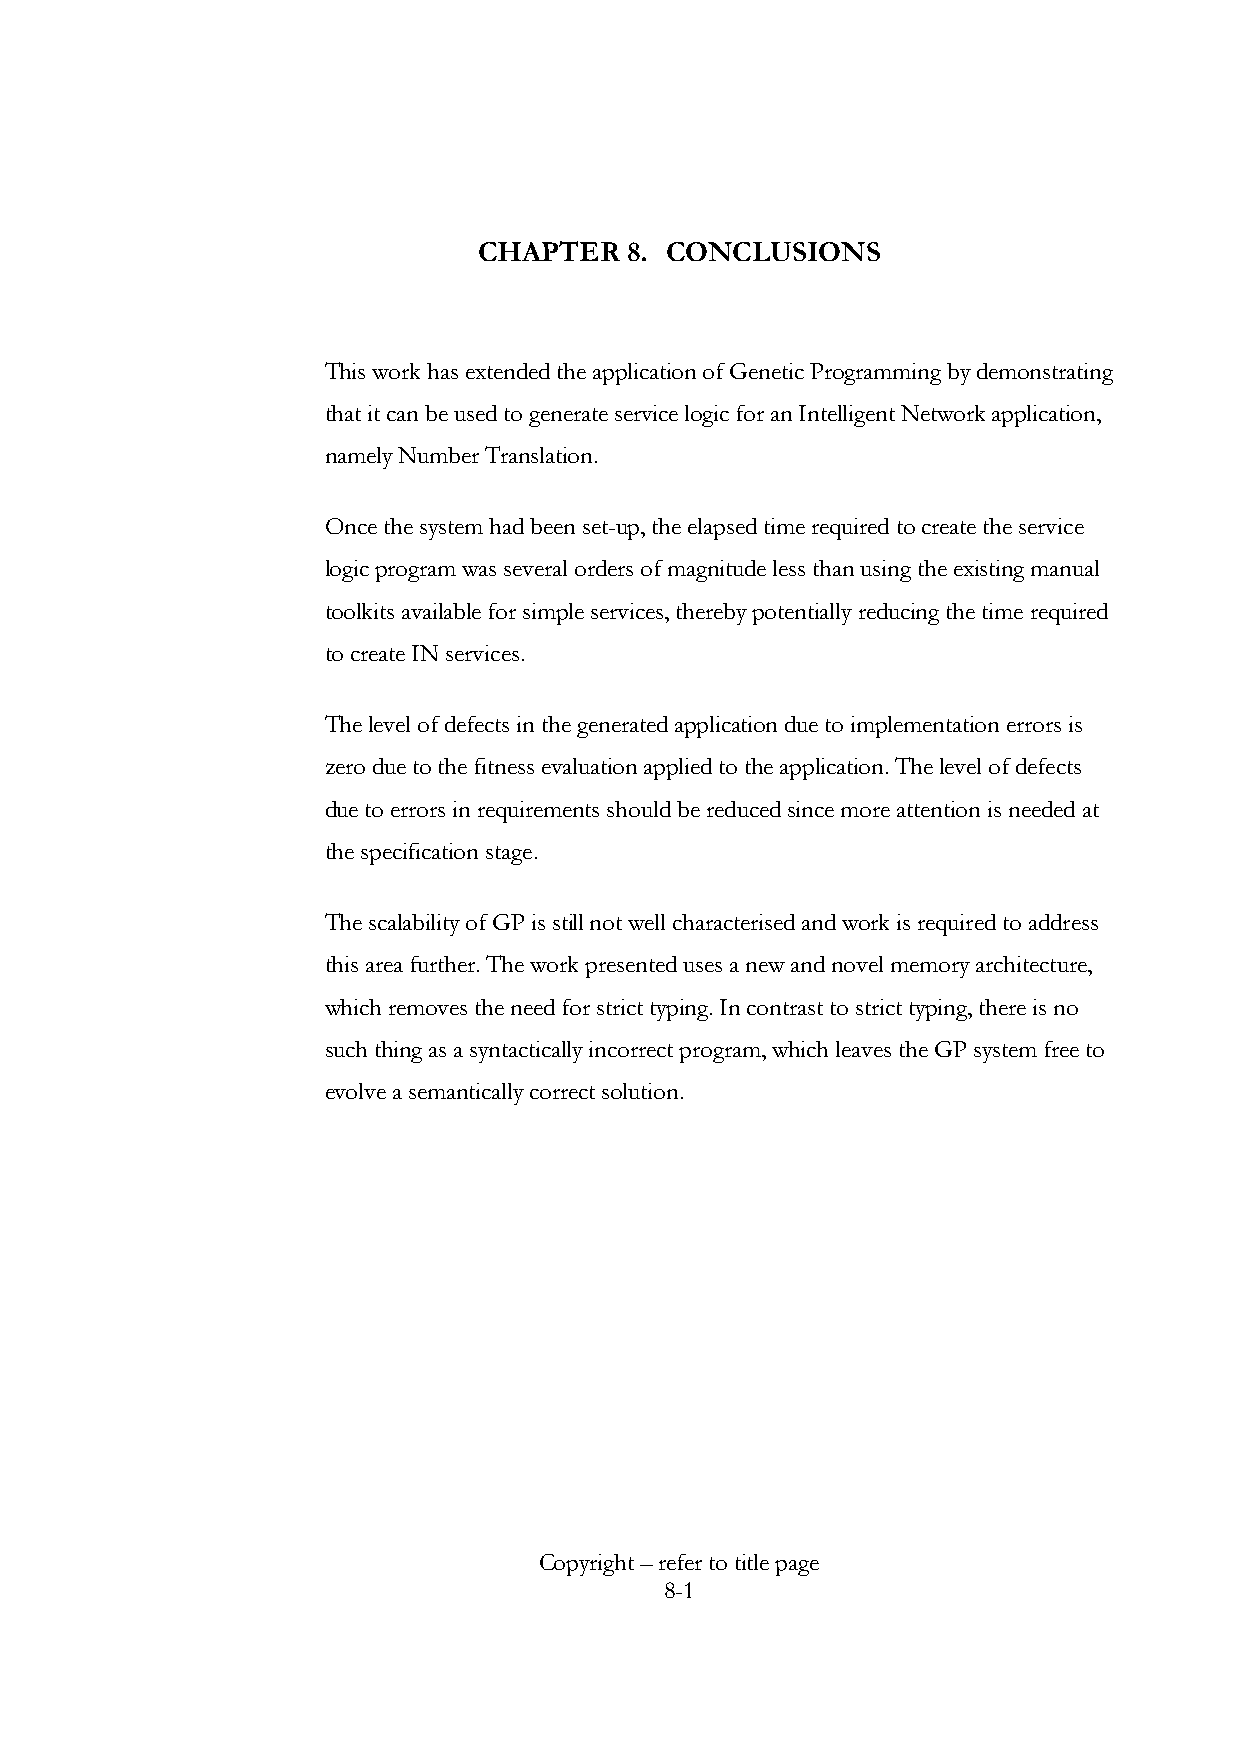
CHAPTER  8. CONCLUSIONS
 This work has extended the application of Genetic Programming by demonstrating
 that it can be used to generate service logic for an Intelligent Network application,
 namely Number Translation.
 Once the system had been set-up, the elapsed time required to create the service
 logic program was several orders of magnitude less than using the existing manual
 toolkits available for simple services, thereby potentially reducing the time required
 to create IN services.
 The level of defects in the generated application due to implementation errors is
 zero due to the fitness evaluation applied to the application. The level of defects
 due to errors in requirements should be reduced since more attention is needed at
 the specification stage.
 The scalability of GP is still not well characterised and work is required to address
 this area further. The work presented uses a new and novel memory architecture,
 which removes the need for strict typing. In contrast to strict typing, there is no
 such thing as a syntactically incorrect program, which leaves the GP system free to
 evolve a semantically correct solution.
 Copyright – refer to title page
 8-1